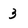
Character: 3